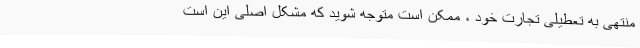
منتهی به تعطیلی تجارت خود ، ممکن است متوجه شوید که مشکل اصلی این است